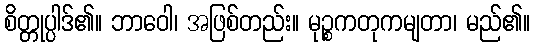
စိတ္တုပ္ပါဒ်၏။ ဘာဝေါ၊ အဖြစ်တည်း။ မုဉ္စကတုကမျတာ၊ မည်၏။